Leningradi_Edasi_toimetus, lk 29
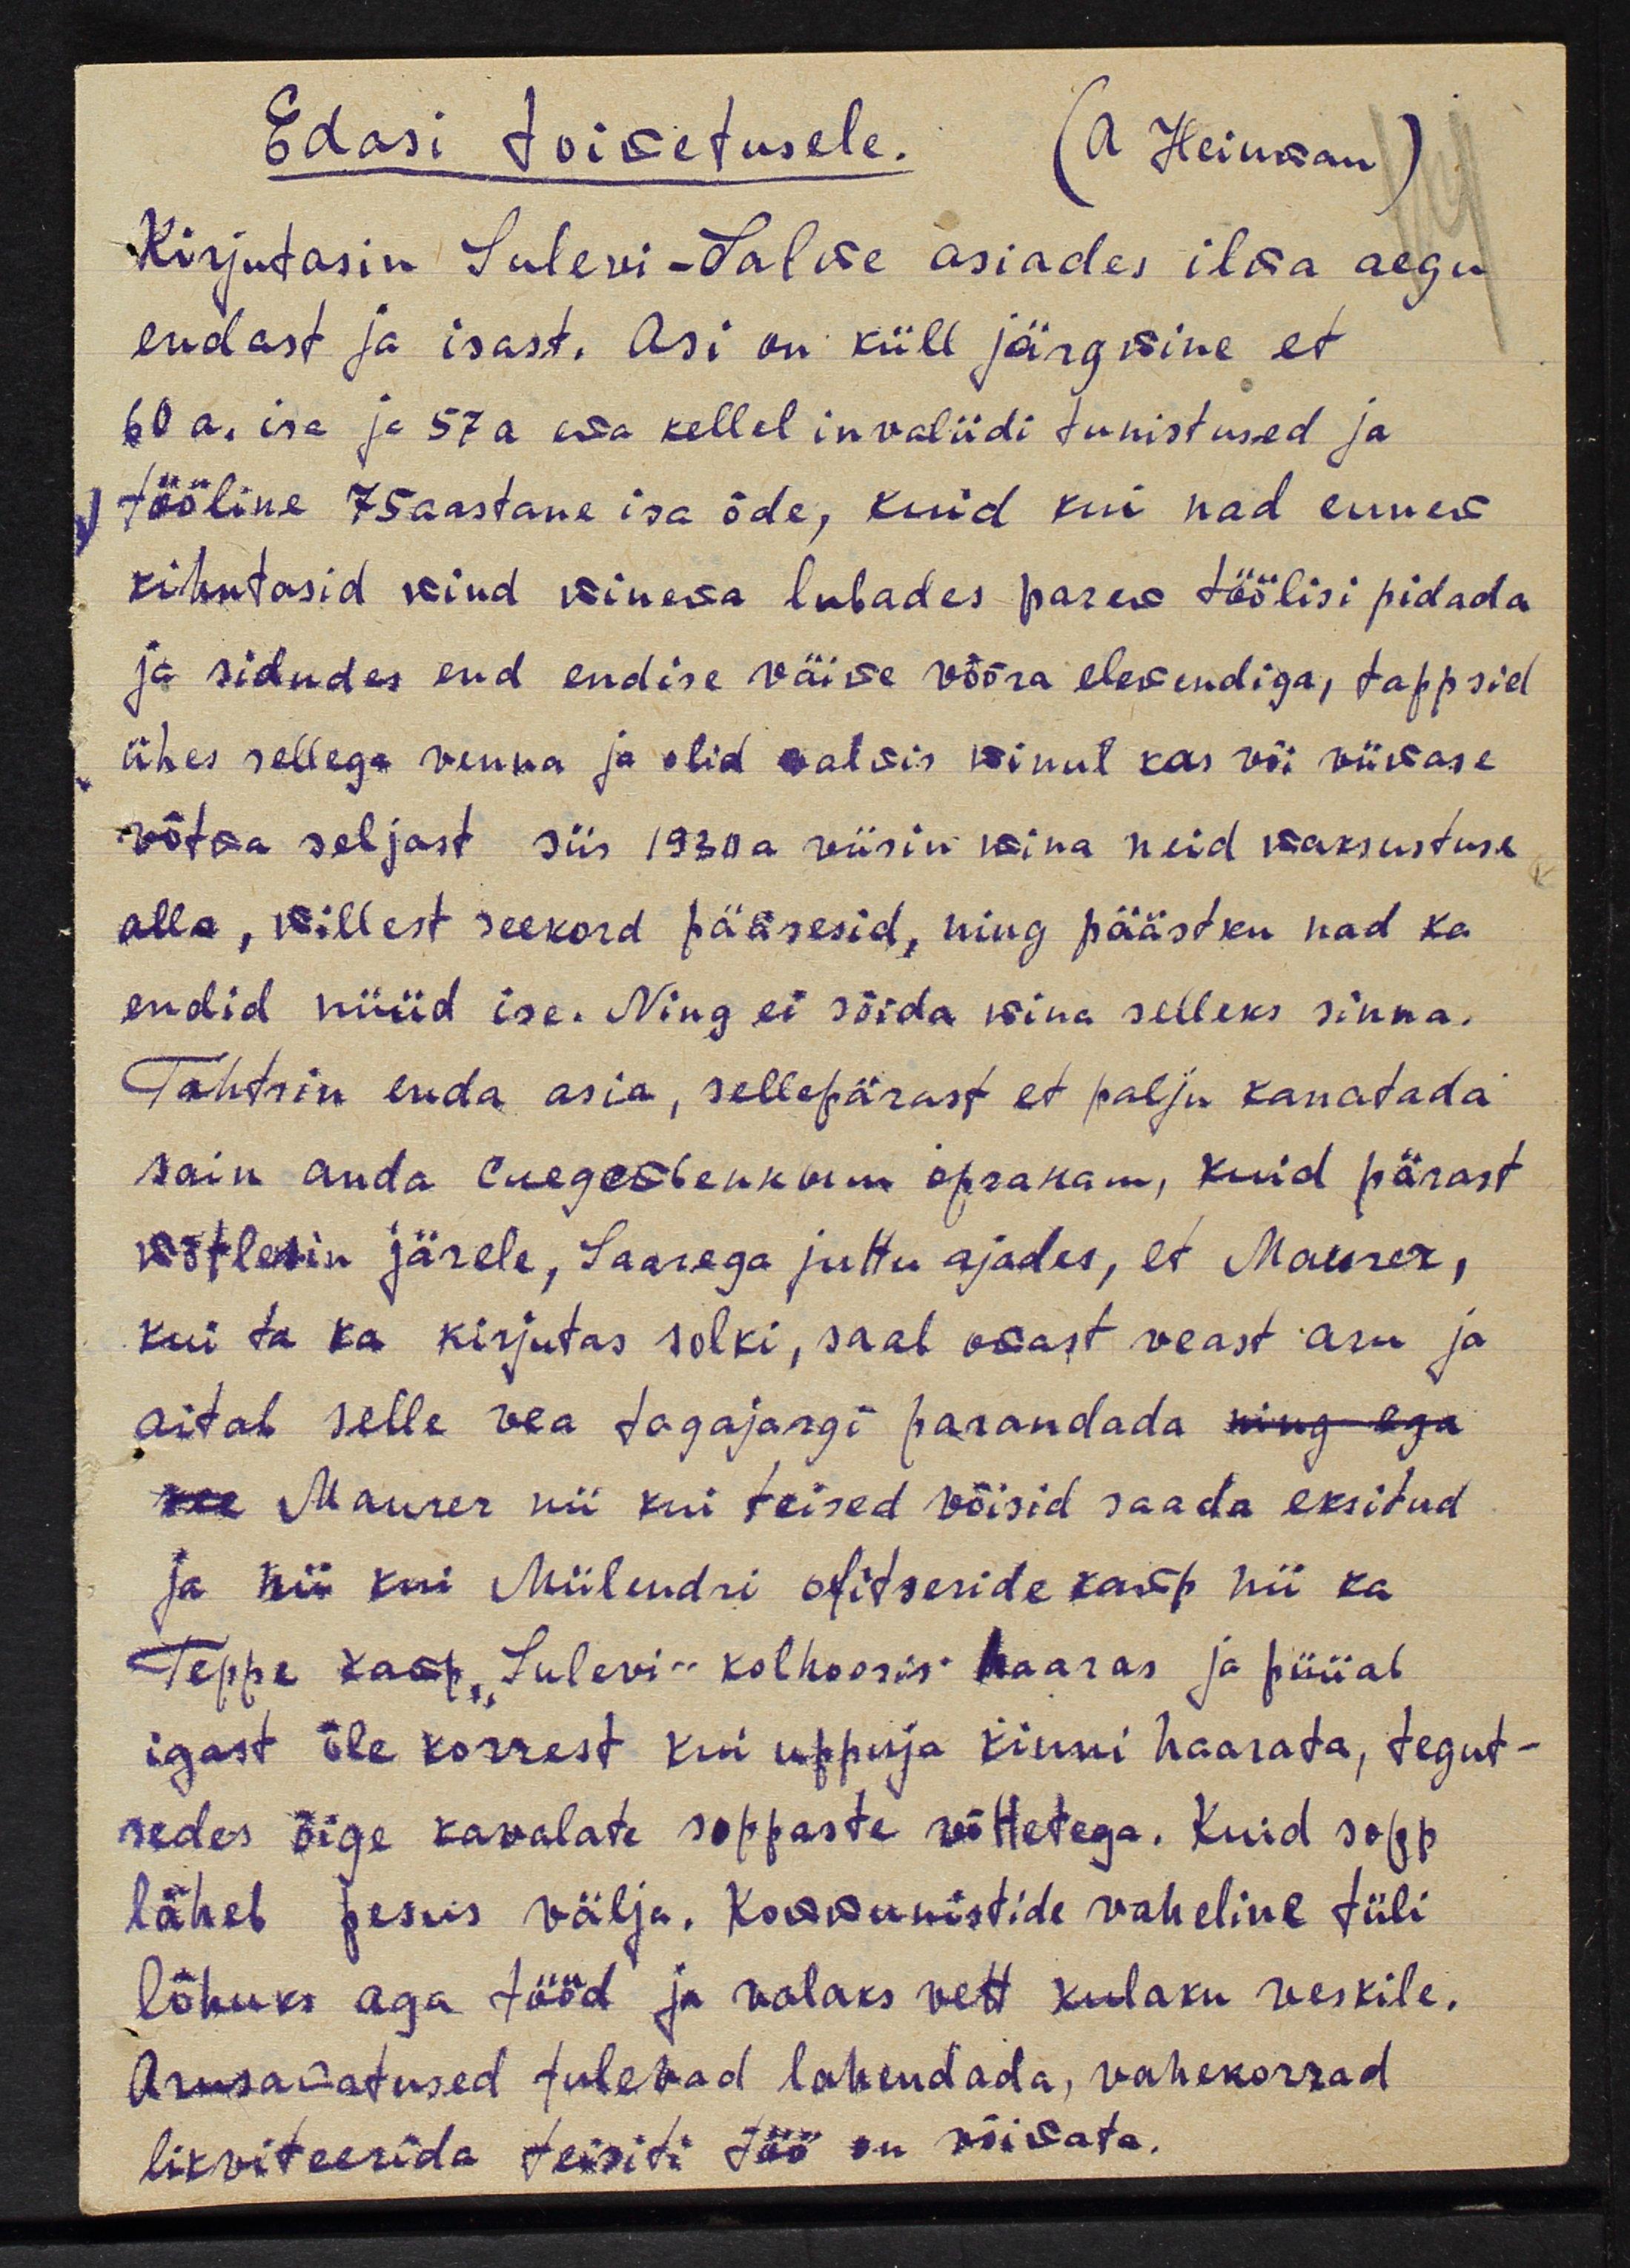
Edasi toimetusele.
(A. Heinman)
Kirjutasin Sulevi-Salwe asiades ilma aegu
endast ja isast. Asi on küll järgmine et
60 a. ise ja 57a ema kellel invaliidi tunistused ja
tööline 75 aastane isa õde, kuid kui nad ennem
kihutasid mind minema lubades parem töölisi pidada
ja sidudes end endise väike võõra elevandiga, tappsid
ühes sellega venna ja olid valmis minul kas vii viimase
võtma seljast siis 1930a viisin mina neid maksustuse
alla, millest seekord pääsesid, ning päästku nad ka
endid nüüd ise. Ning ei sõida mina selleks sinna.
Tahtsin enda asia, sellepärast et palju kanatada
sain anda lugeskkon aprakam, kuid pärast
võtlesin järele, Saarega juttu ajades, et Maurer,
kui ta ka kirjutas solki, saal osast veast aru ja
aitab selle vea tagajärgi parandada ning ega
see Maurer nii kui teised võisid saada eksitud
ja nii kui Miilendri ofitseride kaup nii ka
Teppe kaup "Sulevi" kolhoosis haara ja püüab
igast üle korrest kui upperja kinni haarata, tegut-
sedes õige kavalate soppaste võttetega. Kuid sopp
läheb pesus välja. Kommunistide vaheline tüli
lõhuks aga tööd ja valaks vett kulaku veskile.
Arusaamatused tulevad lahendada, vahekorrad
likviteerida teisiti töö on võimata.